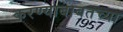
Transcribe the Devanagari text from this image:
करण्याबाबतच्या